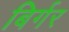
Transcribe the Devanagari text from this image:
बिर्गर